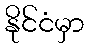
နိုင်ငံမှာ